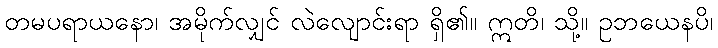
တမပရာယနော၊ အမိုက်လျှင် လဲလျောင်းရာ ရှိ၏။ ဣတိ၊ သို့။ ဥဘယေနပိ၊